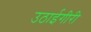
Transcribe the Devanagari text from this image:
उठाईगीरी